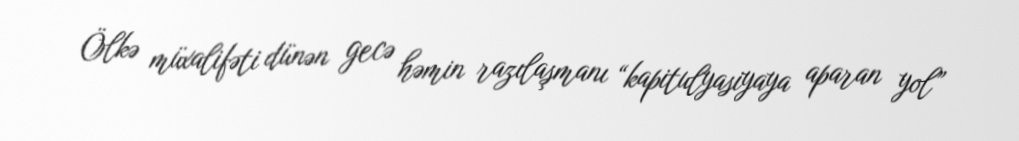
Ölkə müxalifəti dünən gecə həmin razılaşmanı “kapitulyasiyaya aparan yol”